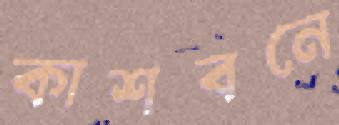
কাশবনে